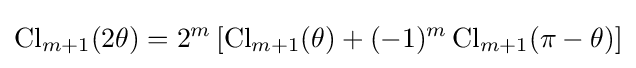
\operatorname {Cl} _{m+1}(2\theta )=2^{m}\left[\operatorname {Cl} _{m+1}(\theta )+(-1)^{m}\operatorname {Cl} _{m+1}(\pi -\theta )\right]